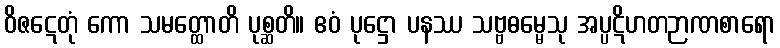
ဝိဇဋေတုံ ကော သမတ္ထောတိ ပုစ္ဆတိ။ ဧဝံ ပုဋ္ဌော ပနဿ သဗ္ဗဓမ္မေသု အပ္ပဋိဟတဉာဏစာရော